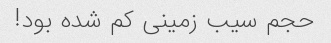
حجم سیب زمینی کم شده بود!